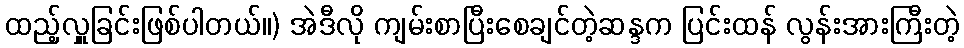
ထည့်လှူခြင်းဖြစ်ပါတယ်။) အဲဒီလို ကျမ်းစာပြီးစေချင်တဲ့ဆန္ဒက ပြင်းထန် လွန်းအားကြီးတဲ့